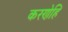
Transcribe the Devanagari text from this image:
करणेहि